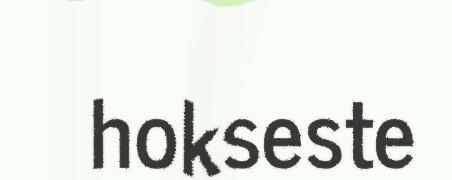
hokseste